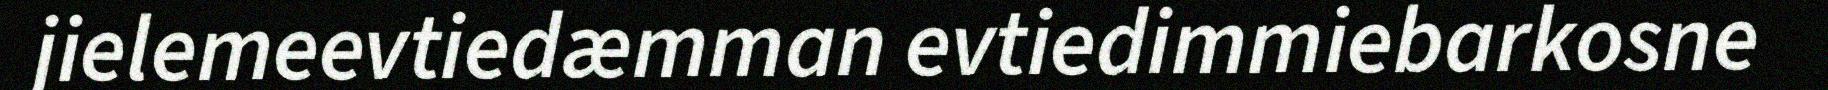
jielemeevtiedæmman evtiedimmiebarkosne